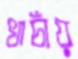
খাচাঁয়